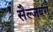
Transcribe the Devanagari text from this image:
सैल्जबर्ग